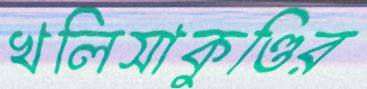
খলিসাকুণ্ডির